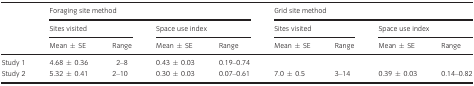
| <ROWSPAN=3>  | <COLSPAN=4> Foraging site method | <COLSPAN=4> Grid site method |
 | <COLSPAN=2> Sites visited | <COLSPAN=2> Space use index | <COLSPAN=2> Sites visited | <COLSPAN=2> Space use index |
 | Mean ± SE | Range | Mean ± SE | Range | Mean ± SE | Range | Mean ± SE | Range |
 | --- | --- | --- | --- | --- | --- | --- | --- | --- |
 | Study 1 | 4.68 ± 0.36 | 2–8 | 0.43 ± 0.03 | 0.19–0.74 |  |  |  |  |
 | Study 2 | 5.32 ± 0.41 | 2–10 | 0.30 ± 0.03 | 0.07–0.61 | 7.0 ± 0.5 | 3–14 | 0.39 ± 0.03 | 0.14–0.82 |